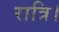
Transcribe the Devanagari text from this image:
रात्रि।